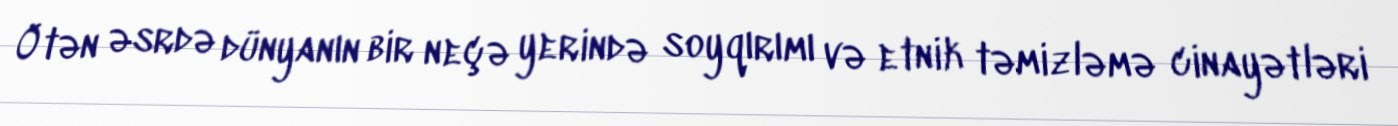
Ötən əsrdə dünyanın bir neçə yerində soyqırımı və etnik təmizləmə cinayətləri